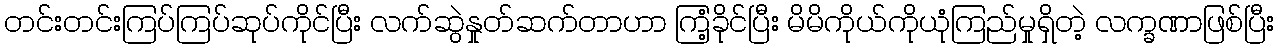
တင်းတင်းကြပ်ကြပ်ဆုပ်ကိုင်ပြီး လက်ဆွဲနှုတ်ဆက်တာဟာ ကြံ့ခိုင်ပြီး မိမိကိုယ်ကိုယုံကြည်မှုရှိတဲ့ လက္ခဏာဖြစ်ပြီး